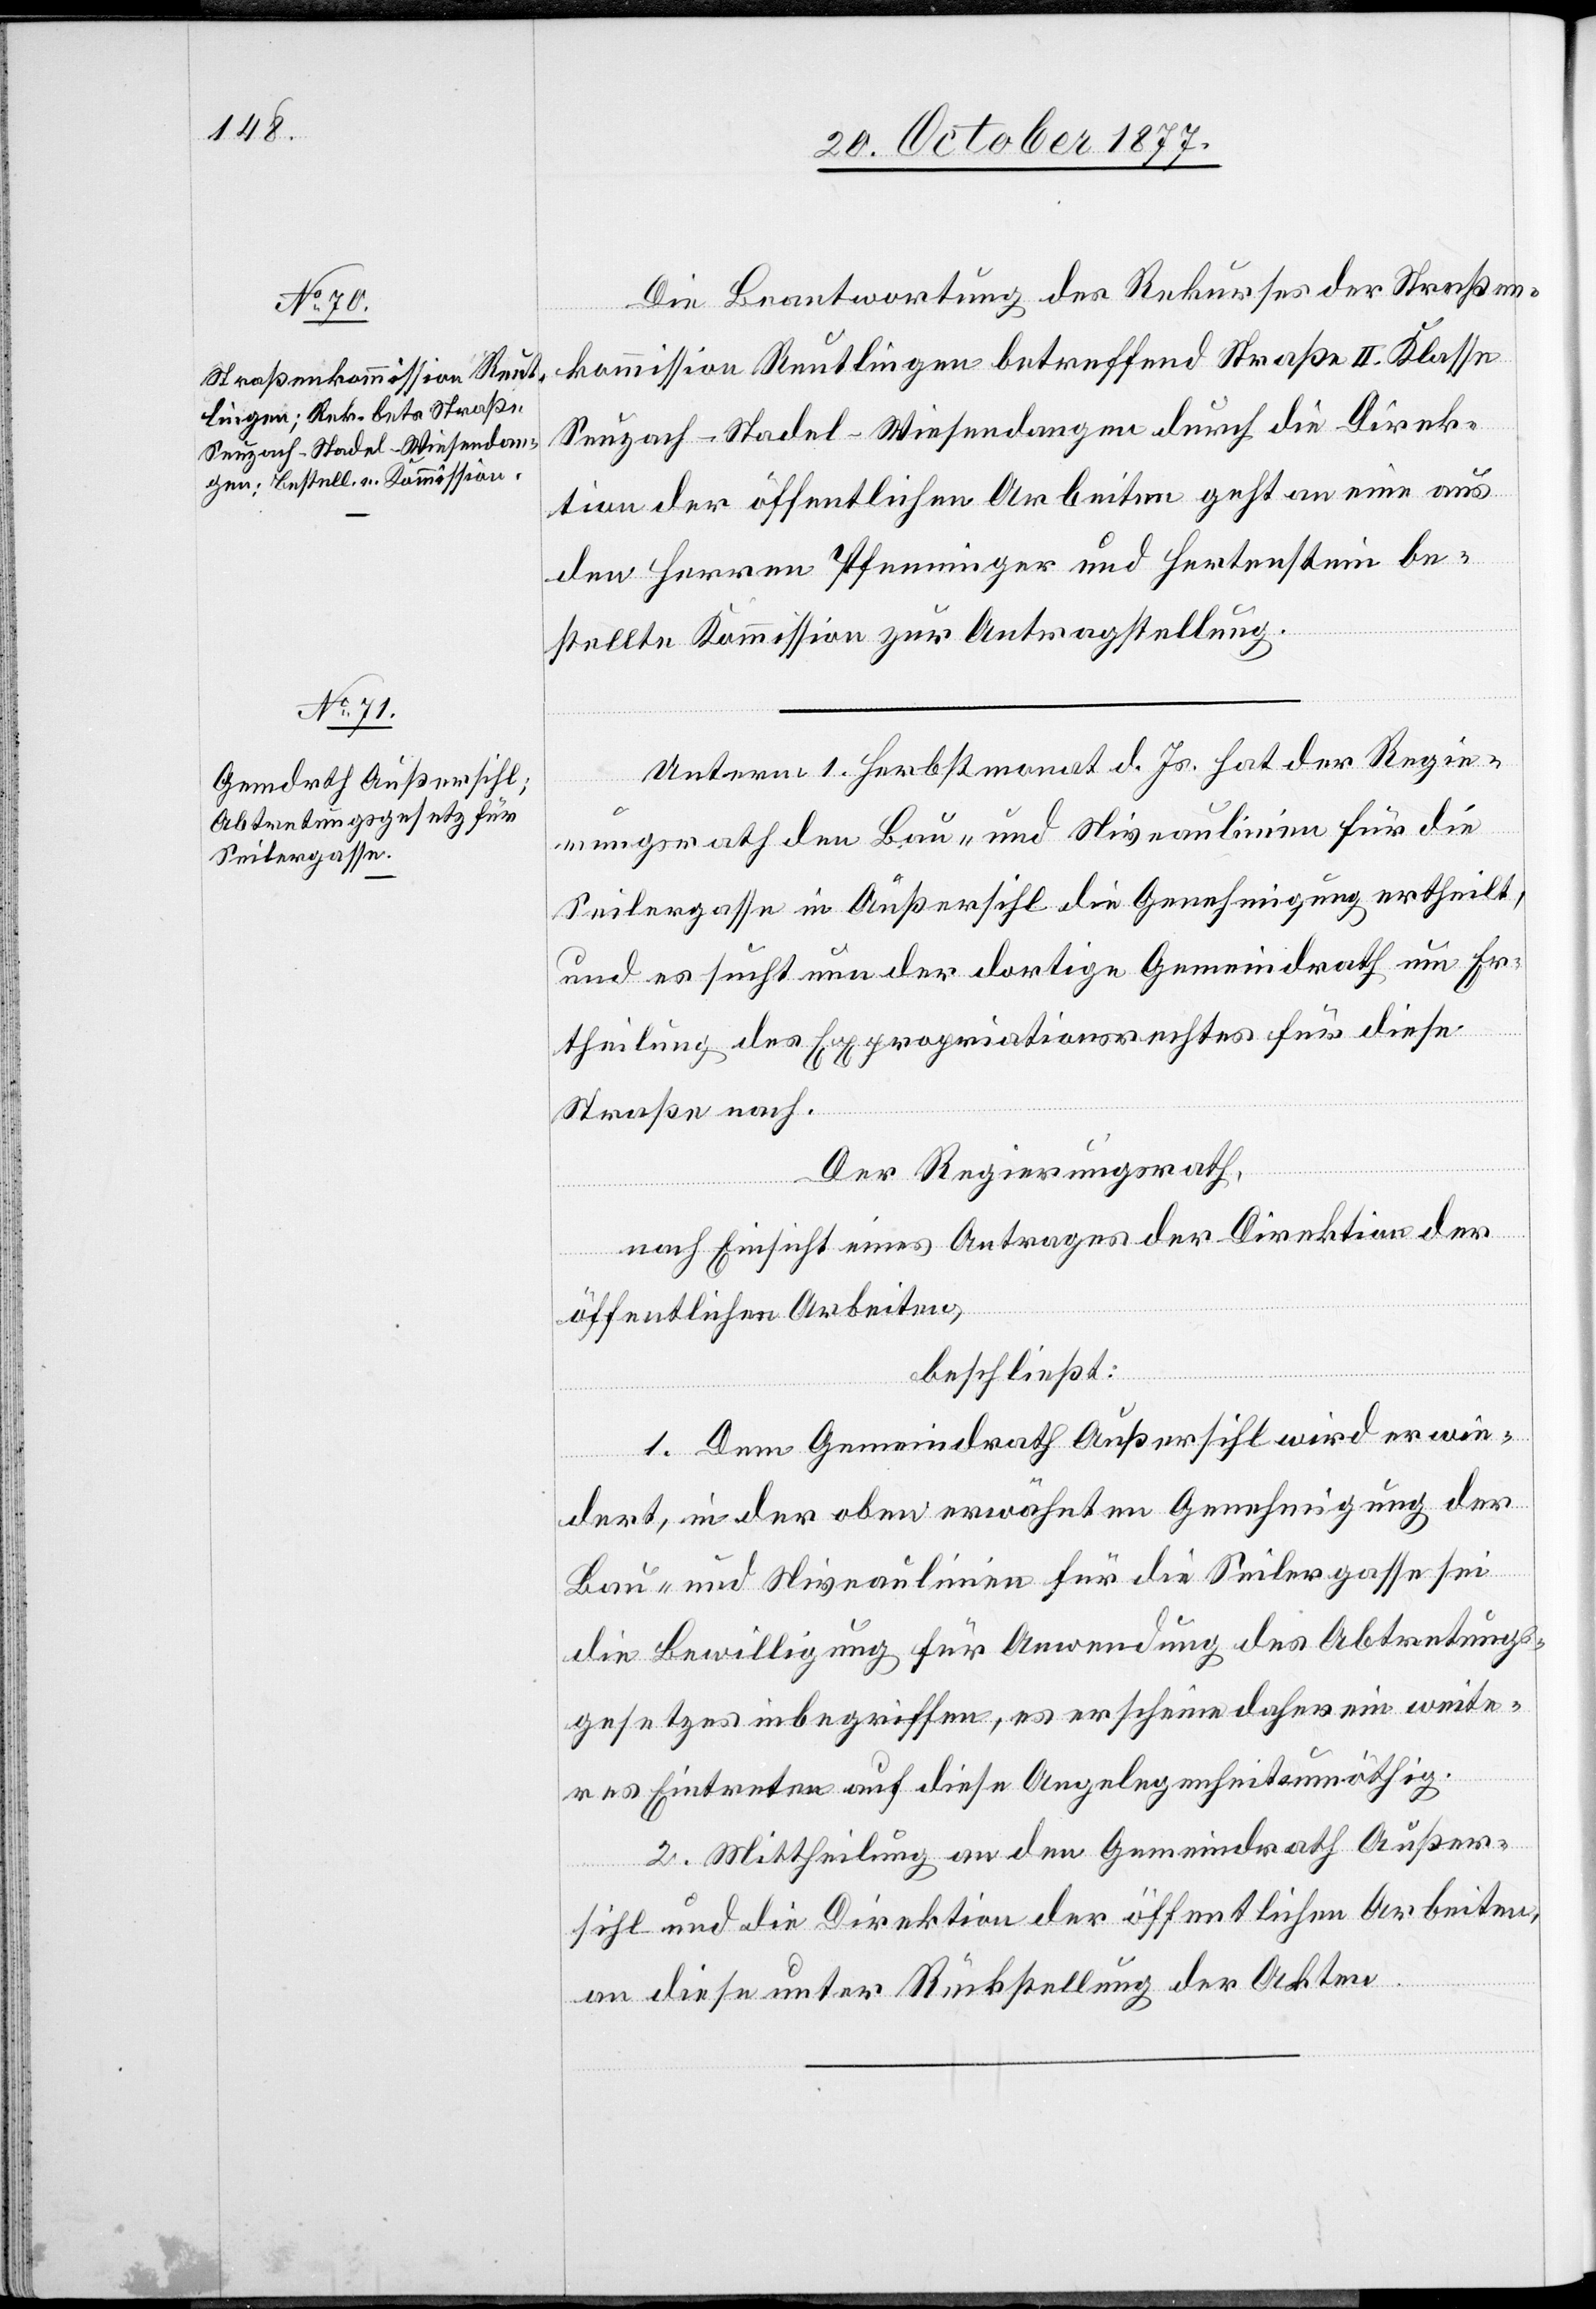
Die Beantwortung des Rekurses der Straßen¬
kommission Reutlingen betreffend Straße II. Klasse
Seuzach–Stadel–Wiesendangen durch die Direk¬
tion der öffentlichen Arbeiten geht an eine aus
den Herren Pfenninger und Hertenstein be¬
stellte Kommission zur Antragstellung.
Unterm 1. Herbstmonat d. Js. hat der Regie¬
rungsrath den Bau- und Niveaulinien für die
Seilergasse in Außersihl die Genehmigung ertheilt,
und es sucht nun der dortige Gemeindrath um Er¬
theilung des Expropriationsrechtes für diese
Straße nach.
Der Regierungsrath,
nach Einsicht eines Antrages der Direktion der
öffentlichen Arbeiten,
beschließt:
1. Dem Gemeindrath Außersihl wird erwie¬
dert, in der oben erwähnten Genehmigung der
Bau- und Niveaulinien für die Seilergasse sei
die Bewilligung für Anwendung des Abtretungs¬
gesetzes inbegriffen, es erscheine daher ein weite¬
res Eintreten auf diese Angelegenheit unnöthig.
2. Mittheilung an den Gemeindrath Außer¬
sihl und die Direktion der öffentlichen Arbeiten,
an diese unter Rückstellung der Akten.